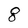
Character: g